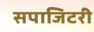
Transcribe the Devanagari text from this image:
सपाजिटरी